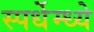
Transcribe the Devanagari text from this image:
स्पर्धेम्ध्ये